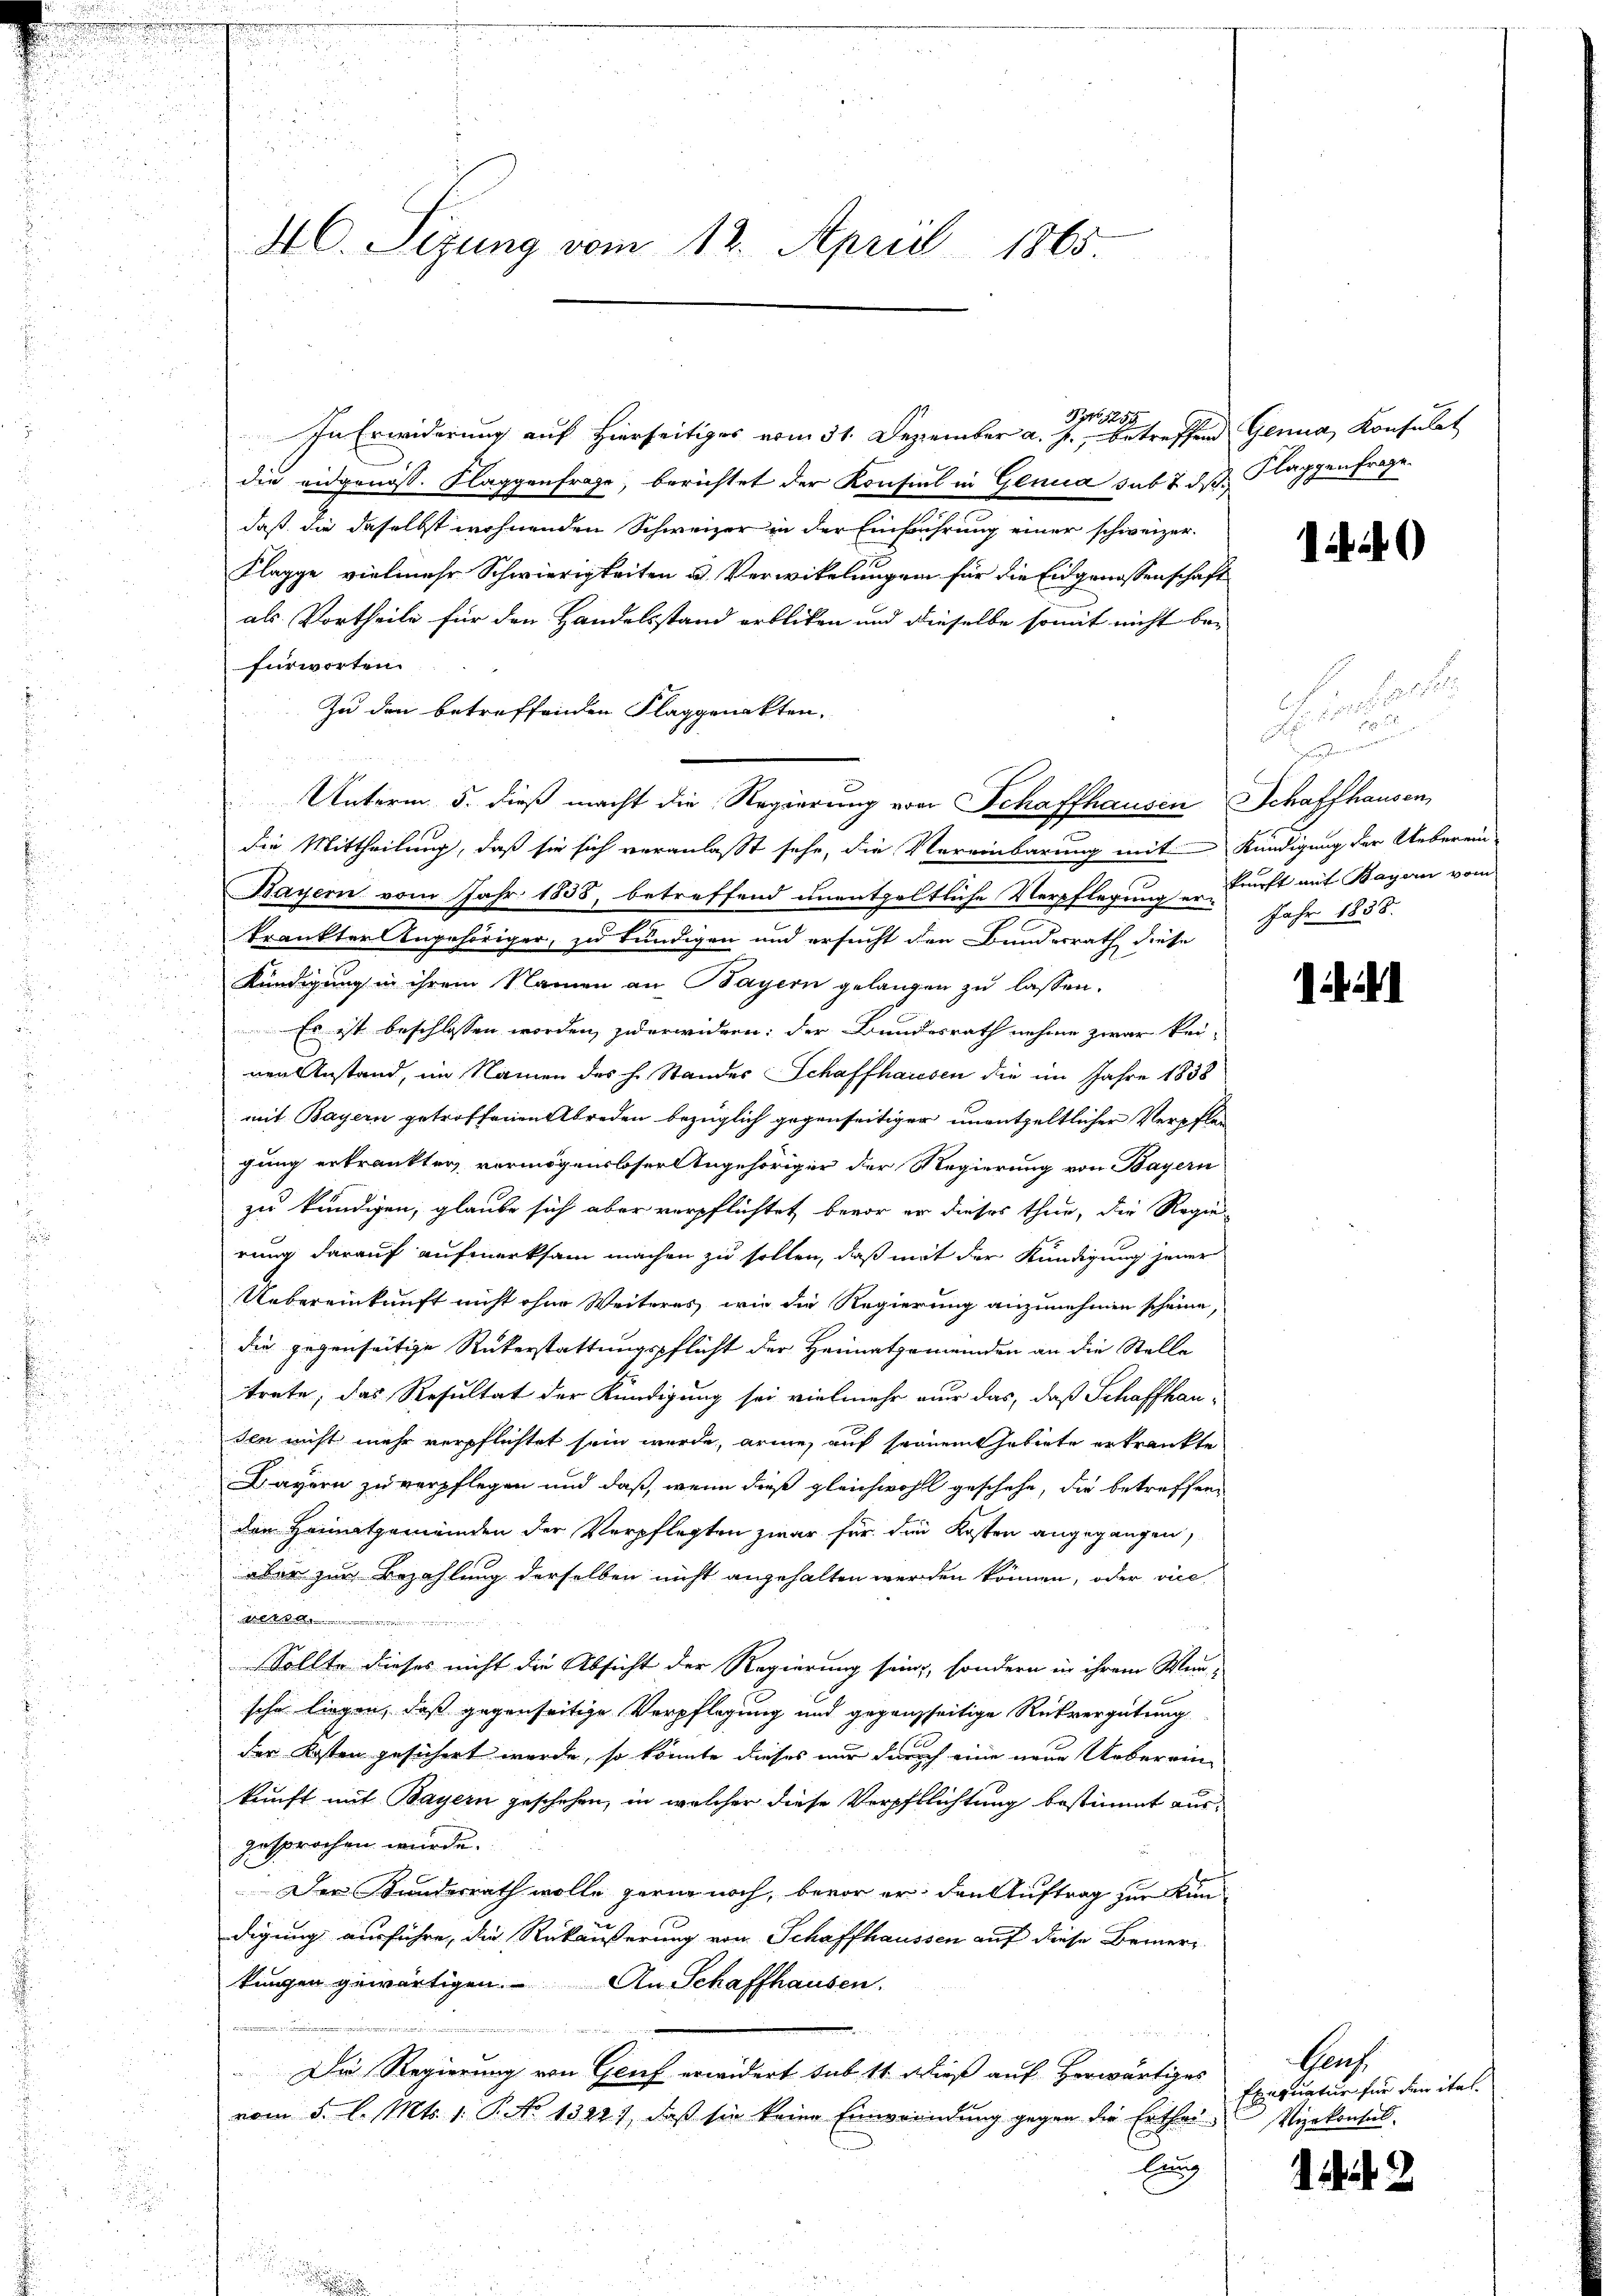
d

In Erwiderung auf hierseitiges vom 31. Dezember a. p., betreffend Genua, Konsulat
die eidgenöss. Klaggenfrage, berichtet der Konsul in Genua sub 2. ds. Klaggenfrage
daß, die daselbst wohnenden Schweizer in der Einführung einer schweizer¬
Klagge vielmehr Schwierigkeiten u. Verwikelungen für die Eidgenossenschaft
als Vortheile für den Handelsstand erbliben und dieselbe somit nicht be-
fürworten.
Zu den betreffenden Flaggenakten.
Unterm 5. dieß macht die Regierung von Schaffhausen Schaffhausen,
die Mittheilung, daß sie sich veranlaßt sehe, die Vereinbarung mit Kündigung der Ueberein-
Bayern vom Jahr 1858, betreffend unentgeltliche Verpflegung durft mit Bagen vom
krankter Angehöriger, zu kündigen und ersucht den Bundesrath diese Jahr 1838.
Kündigung in ihrem Namen an Bayern gelangen zu lassen.
Es ist beschlossen worden, zu erwidern: der Bundesrath nehme zwar kei-
ren Anstand, im Namen des h. Standes Schaffhausen die im Jahre 1838
mit Bayern getroffenen Abreden bezüglich gegenseitiger unentgeltlicher Verpflei
gung erkrankten vermögensloser Angehöriger der Regierung von Bayern
zu kündigen, glaube sich aber verpflichtet, bevor er dieses thun, die Regie-
rung darauf aufmerksam machen zu sollen, daß mit der Kündigung jener
Uebereinkunft nicht ohne Weiteres, wie die Regierung anzunehmen scheine,
die gegenseitige Rükerstattungspflicht der Heimatgemeinden an die Stelle
trete, das Resultat der Kündigung sei vielmehr nur das, daß Schaffhausen nicht mehr verpflichtet sein werde, arme, auf seinem habirte erkränkte
Bayern zu verpflegen und daß, wenn dieß gleichwohl geschehe, die betreffenden Heimatgemeinden der Verpflegten zwar für die Kosten angegangen,
aber zur Bezahlung derselben nicht angehalten werden können, oder vie
n
Sollte dieses nicht die Absicht der Regierung sein, sondern in ihrem Wun-
sche liegen, daß gegenseitige Verpflegung und gegangseitige Rückvergütung
der Kosten gesichert werde, so könnte dieses nur durch eine neue Uebereinkunft mit Bayern geschehen, in welcher diese Verpflichtung bestimmt ausgesprochen wurde.
Der Kundesrath wolle gerne noch, bevor er den Auftrag zur Kundigung ausführe, die Rückäußerung von Schaffhaussen auf diese Bruner-
kungen gewärtigen. An Schaffhausen.

Die Regierung von Genf erwidert sub 11 dieß auf herwärtiges
vom 5. l. Mts. 1. P. No 13227, daß sie keine Einwendung gegen die Erthei¬
Eung

46. Sizung vom 12. April 1865.

PNo 5254

¬
e

Baus
Exequatur für den ital.
Vizekonsul

142